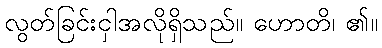
လွတ်ခြင်းငှါအလိုရှိသည်။ ဟောတိ၊ ၏။